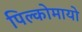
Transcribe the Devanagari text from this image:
पिल्कोमायो